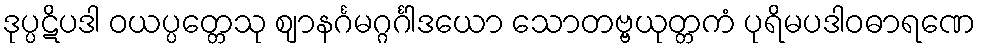
ဒုပ္ပဋိပဒါ ဝယပ္ပတ္တေသု ဈာနင်္ဂမဂ္ဂင်္ဂါဒယော သောတဗ္ဗယုတ္တကံ ပုရိမပဒါဝဓာရဏေ